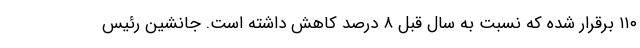
۱۱۰ برقرار شده که نسبت به سال قبل ۸ درصد کاهش داشته است. جانشین رئیس